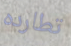
تطارده